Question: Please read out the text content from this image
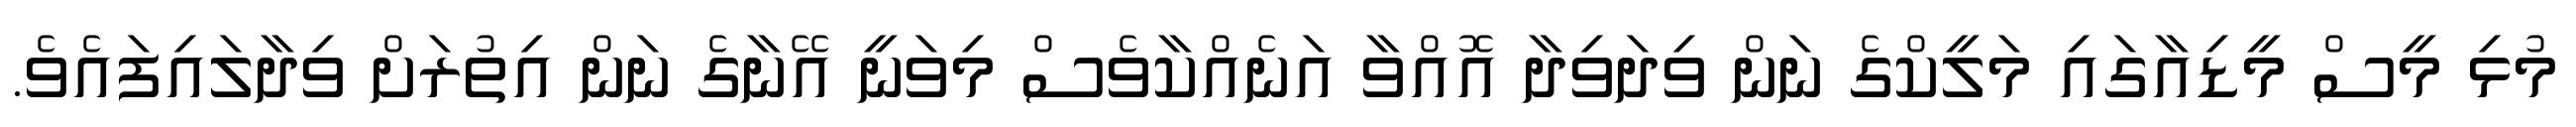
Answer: މުޅި މީސް މީޑިއާގައި މަލީކްގެ ނަން ވިދަވިދާ އޮއްވާ އަނެއްކާވެސް މިވަނީ އޭނާގެ ނަން އިތުރަށް ވިދާލައިފައެވެ.